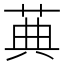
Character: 䓦